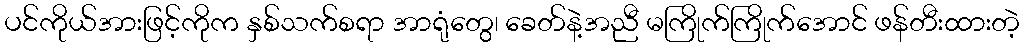
ပင်ကိုယ်အားဖြင့်ကိုက နှစ်သက်စရာ အာရုံတွေ၊ ခေတ်နဲ့အညီ မကြိုက်ကြိုက်အောင် ဖန်တီးထားတဲ့